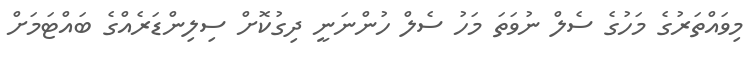
މިވައްތަރުގެ މަހުގެ ސެލް ނުވަތަ މަހު ސެލް ހުންނަނީ ދިގުކޮށް ސިލިންޑަރެއްގެ ބައްޓަމަށް